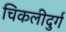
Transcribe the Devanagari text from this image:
चिकलीदुर्ग